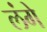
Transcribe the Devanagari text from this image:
लंगे